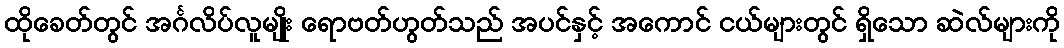
ထိုခေတ်တွင် အင်္ဂလိပ်လူမျိုး ရောဗတ်ဟွတ်သည် အပင်နှင့် အကောင် ငယ်များတွင် ရှိသော ဆဲလ်များကို